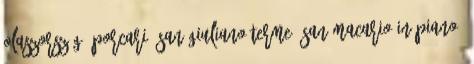
Olaszország, Porcari, San Giuliano Terme, San Macario In Piano,